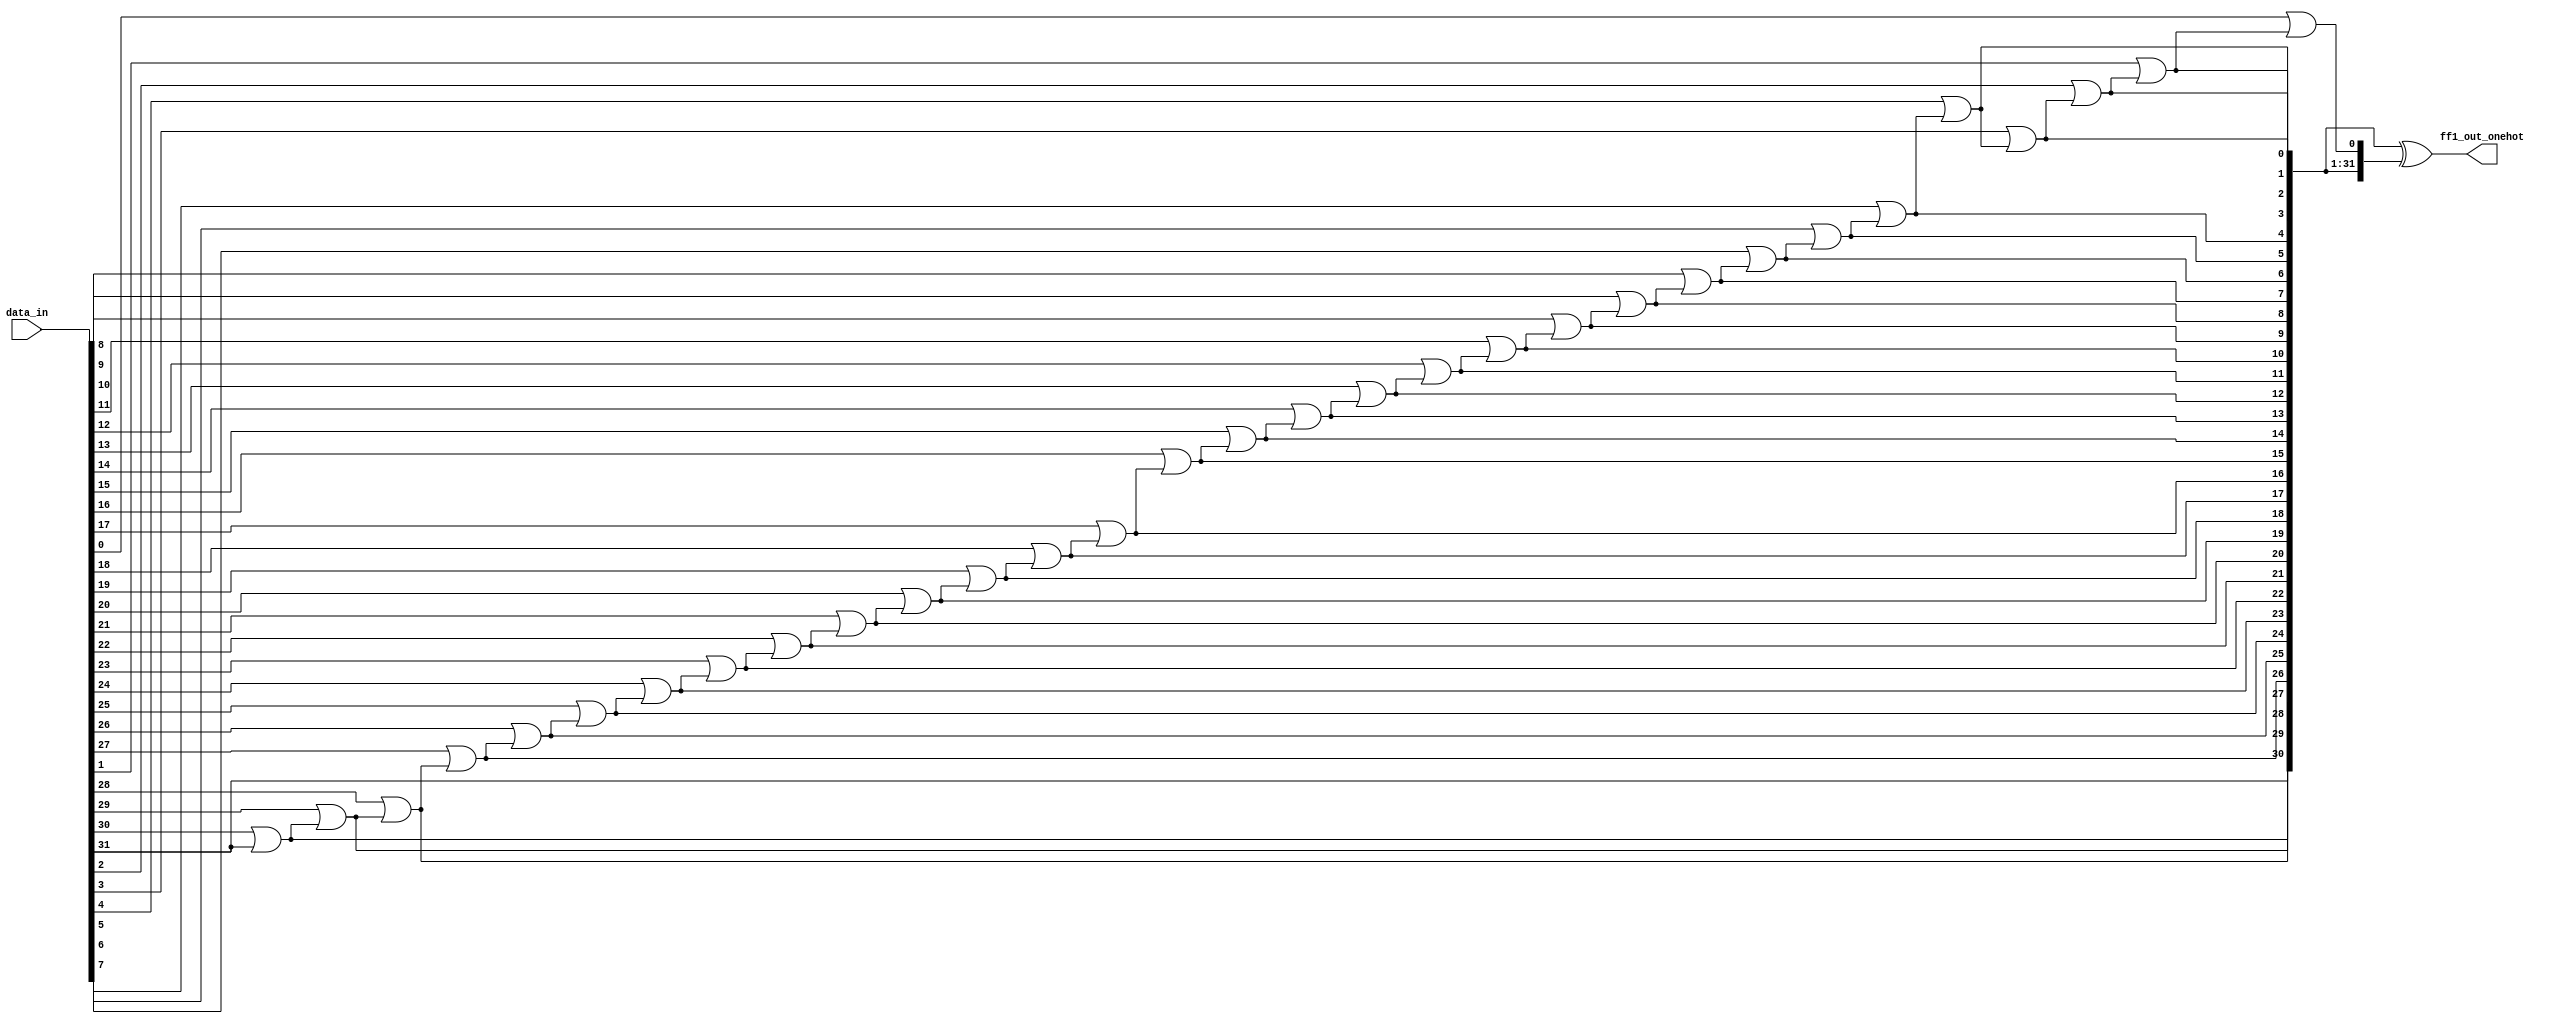
/*Copyright 2020-2021 T-Head Semiconductor Co., Ltd.

Licensed under the Apache License, Version 2.0 (the "License");
you may not use this file except in compliance with the License.
You may obtain a copy of the License at

    http://www.apache.org/licenses/LICENSE-2.0

Unless required by applicable law or agreed to in writing, software
distributed under the License is distributed on an "AS IS" BASIS,
WITHOUT WARRANTIES OR CONDITIONS OF ANY KIND, either express or implied.
See the License for the specific language governing permissions and
limitations under the License.
*/
module pa_clic_ff1_onehot(
  data_in,
  ff1_out_onehot
);

parameter WIDTH = 32;

input  [WIDTH-1:0] data_in;
output [WIDTH-1:0] ff1_out_onehot;

wire [WIDTH:0] ff1_tmp;

assign ff1_tmp[WIDTH] = 1'b0;
genvar i;

generate
  for (i = 0; i < WIDTH; i = i+1)
  begin: FF1_ONEHOT
    assign ff1_tmp[i] = data_in[i] || ff1_tmp[i+1];
  end
endgenerate

assign ff1_out_onehot[WIDTH-1:0] = ff1_tmp[WIDTH:1] ^ ff1_tmp[WIDTH-1:0];

endmodule